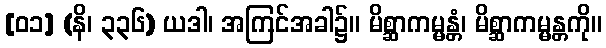
[၀၁] (နိ၊ ၃၃၆) ယဒါ၊ အကြင်အခါ၌။ မိစ္ဆာကမ္မန္တံ၊ မိစ္ဆာကမ္မန္တကို။